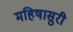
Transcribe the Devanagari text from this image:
महिषासुरी